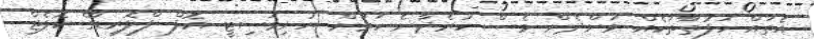
އެތައް ހަފުތާތަކެއް ވަންދެން ވެސް ހުރެދާނެ ކަމަށް ޔުނިވަސިޓީ އޮފް ފްލޮރިޑާގެ ކޮލެޖް